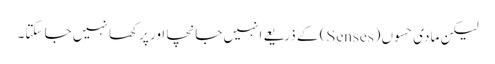
لیکن مادی حسوں (Senses) کے ذریعے انہیں جانچا اور پرکھا نہیں جا سکتا۔